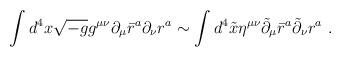
LaTeX: \begin{align*}\int d^4x \sqrt{-g} g^{\mu\nu} \partial_\mu \bar{r}^a\partial_\nu r^a \sim \int d^4 \tilde{x} \eta ^{\mu\nu}\tilde{\partial}_\mu \bar{r}^a \tilde{\partial}_\nu r^a \ .\end{align*}